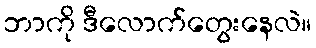
ဘာကို ဒီလောက်တွေးနေလဲ။